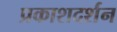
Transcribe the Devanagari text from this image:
प्रकाशदर्शन